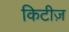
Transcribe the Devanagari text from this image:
किटीज़